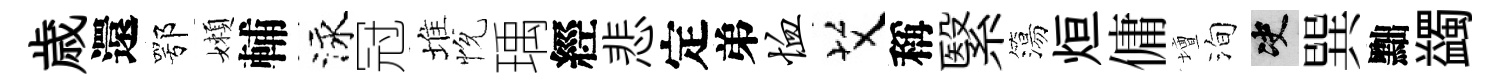
歳還鄂嬾輔泳冠堆恱瑀經悲定弟恤艾稱繄簜烜傭壇洵决巽黜蠲